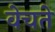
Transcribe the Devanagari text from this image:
वेचते